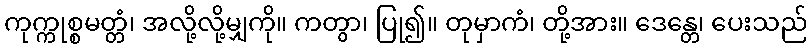
ကုက္ကုစ္စမတ္တံ၊ အလို့လို့မျှကို။ ကတွာ၊ ပြု၍။ တုမှာကံ၊ တို့အား။ ဒေန္တေ၊ ပေးသည်